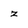
Character: z